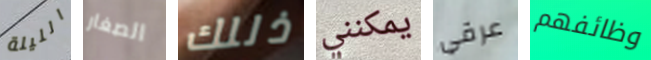
الليلة الصغار ذللك يمكنني عرقي وظائفهم